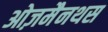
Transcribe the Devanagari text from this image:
ओज़मैनथस